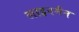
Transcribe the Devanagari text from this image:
लाइनमैन